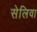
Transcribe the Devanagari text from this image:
सेलिवा